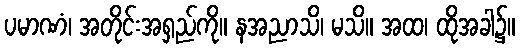
ပမာဏံ၊ အတိုင်းအရှည်ကို။ နအညာသိ၊ မသိ။ အထ၊ ထိုအခါ၌။